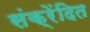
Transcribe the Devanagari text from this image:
संक्रेंदित